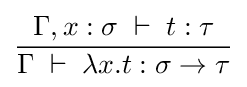
{\frac {\Gamma ,x:\sigma \;\vdash \;t:\tau }{\Gamma \;\vdash \;\lambda x.t:\sigma \to \tau }}